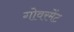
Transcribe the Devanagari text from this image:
गोवरमेंट